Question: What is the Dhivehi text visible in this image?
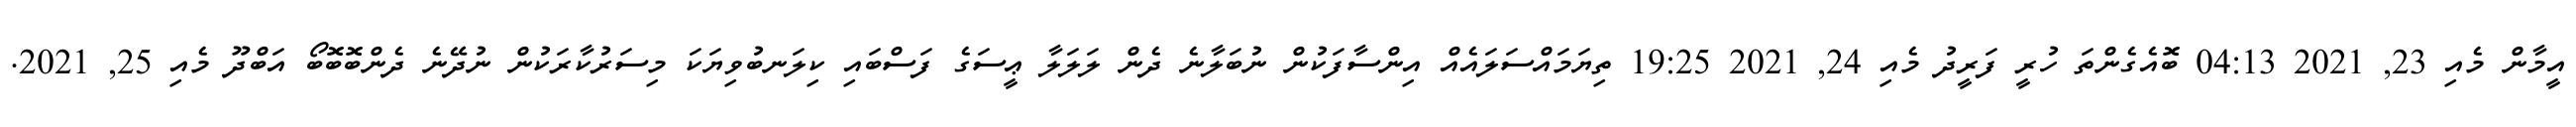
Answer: އީމާން މެއި 23, 2021 04:13 ބޮއެގެންތަ ހުރީ ފަރީދު މެއި 24, 2021 19:25 ތިޔަމައްސަލައެއް އިންސާފަކުން ނުބަލާނެ ދެން ލަލަލާ ޢީސަގެ ފަސްބައި ކިލަނބުވިޔަކަ މިސަރުކާރަކުން ނުދޭނެ ދެންބޮބޮބޯ އަބްދޫ މެއި 25, 2021.